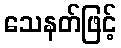
သေနတ်ဖြင့်